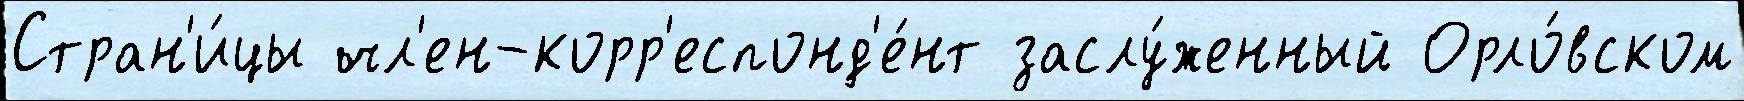
Стран'и́цы чл'ен-корр'еспонд'е́нт заслу́женный Орло́вском